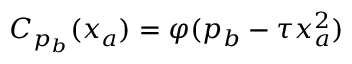
C _ { p _ { b } } ( x _ { a } ) = \varphi ( p _ { b } - \tau x _ { a } ^ { 2 } )